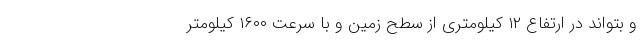
و بتواند در ارتفاع ۱۲ کیلومتری از سطح زمین و با سرعت ۱۶۰۰ کیلومتر